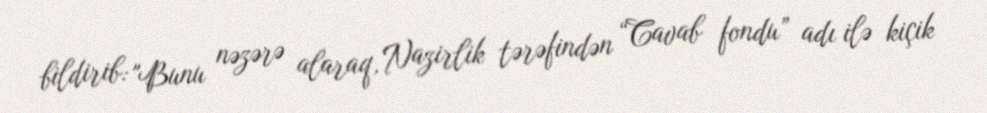
bildirib: "Bunu nəzərə alaraq, Nazirlik tərəfindən “Cavab fondu” adı ilə kiçik